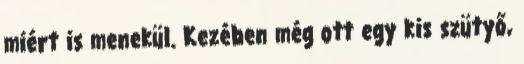
miért is menekül. Kezében még ott egy kis szütyő,